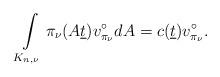
LaTeX: \begin{align*}\int\limits_{K_{n,\nu}}\pi_{\nu}(A\underline{t})v^\circ_{\pi_{\nu}} dA=c(\underline{t})v^\circ_{\pi_{\nu}}.\end{align*}